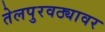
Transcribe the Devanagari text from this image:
तेलपुरवठ्यावर